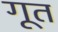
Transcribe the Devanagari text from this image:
गूत